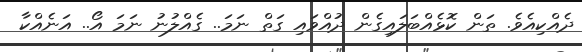
ދެއްކިއެވެ. ތަން ކޮޅެއްބަލައިގެން ދުއްވައި ގަތް ނަމަ.. ގެއްލުނު ނަމަ އޯ.. އަނެއްކާ